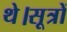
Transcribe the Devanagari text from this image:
थे।सूत्रों